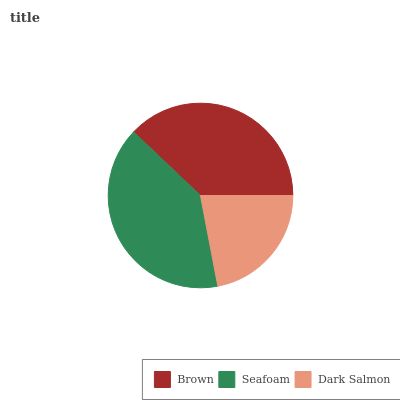
| Brown | Seafoam | Dark Salmon |
 | --- | --- | --- |
 | 37.9% | 40.1% | 22% |